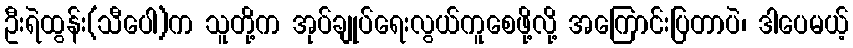
ဦးရဲထွန်း(သီပေါ)က သူတို့က အုပ်ချုပ်ရေးလွယ်ကူစေဖို့လို့ အကြောင်းပြတာပဲ၊ ဒါပေမယ့်